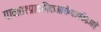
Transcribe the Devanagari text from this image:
गावात१प्राथमिकआरोग्यउपकेंद्रआहे